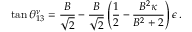
\tan \theta _ { 1 3 } ^ { \nu } = \frac { B } { \sqrt { 2 } } - \frac { B } { \sqrt { 2 } } \left( \frac { 1 } { 2 } - \frac { B ^ { 2 } \kappa } { B ^ { 2 } + 2 } \right) \epsilon \, .